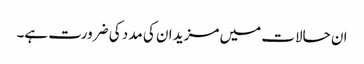
ان حالات میں مزید ان کی مدد کی ضرورت ہے۔